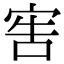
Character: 𡨟